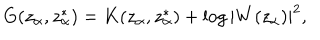
LaTeX: G ( z _ { \alpha } , z _ { \alpha } ^ { * } ) = K ( z _ { \alpha } , z _ { \alpha } ^ { * } ) + \log | W ( z _ { \alpha } ) | ^ { 2 } ,